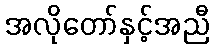
အလိုတော်နှင့်အညီ